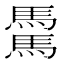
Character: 𩥋